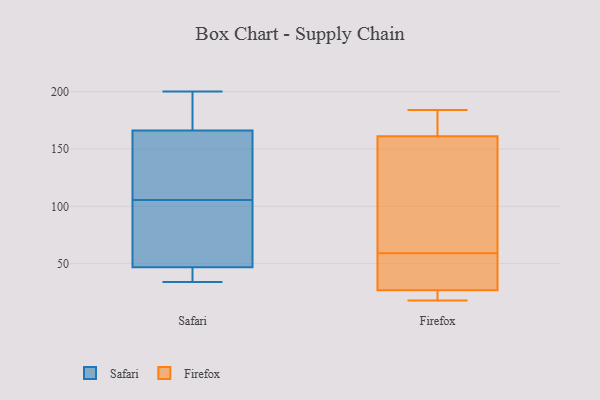
{"axis": {"x": "Bounce Rate (%)", "y": "Value"}, "legend": ["Firefox", "Safari"], "data": [{"x": "", "y": 65, "type": "Safari"}, {"x": "", "y": 166, "type": "Safari"}, {"x": "", "y": 146, "type": "Safari"}, {"x": "", "y": 111, "type": "Safari"}, {"x": "", "y": 34, "type": "Safari"}, {"x": "", "y": 37, "type": "Safari"}, {"x": "", "y": 38, "type": "Safari"}, {"x": "", "y": 200, "type": "Safari"}, {"x": "", "y": 110, "type": "Safari"}, {"x": "", "y": 195, "type": "Safari"}, {"x": "", "y": 175, "type": "Safari"}, {"x": "", "y": 101, "type": "Safari"}, {"x": "", "y": 48, "type": "Safari"}, {"x": "", "y": 129, "type": "Safari"}, {"x": "", "y": 176, "type": "Safari"}, {"x": "", "y": 47, "type": "Safari"}, {"x": "", "y": 47, "type": "Safari"}, {"x": "", "y": 76, "type": "Safari"}, {"x": "", "y": 58, "type": "Firefox"}, {"x": "", "y": 59, "type": "Firefox"}, {"x": "", "y": 20, "type": "Firefox"}, {"x": "", "y": 108, "type": "Firefox"}, {"x": "", "y": 23, "type": "Firefox"}, {"x": "", "y": 172, "type": "Firefox"}, {"x": "", "y": 184, "type": "Firefox"}, {"x": "", "y": 162, "type": "Firefox"}, {"x": "", "y": 158, "type": "Firefox"}, {"x": "", "y": 18, "type": "Firefox"}, {"x": "", "y": 38, "type": "Firefox"}]}